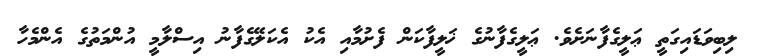
ލިބިވަޑައިގަތީ ޢަލީގެފާނަށެވެ. ޢަލީގެފާނުގެ ޚަލީފާކަން ފެށުމާއި އެކު އެކަލޭގެފާނު އިސްލާމީ އުންމަތުގެ އެންމެހާ